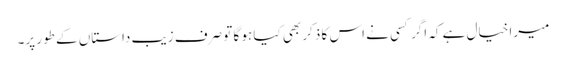
میرا خیال ہے کہ اگر کسی نے اس کا ذکر بھی کیا ہو گا تو صرف زیب داستاں کے طور پر۔